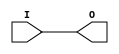
module IBUFG_SSTL2_II (O, I);

    output O;

    input  I;

	buf B1 (O, I);


endmodule